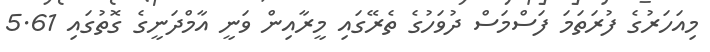
މިއަހަރުގެ ފުރަތަމަ ފަސްމަސް ދުވަހުގެ ތެރޭގައި މީރާއިން ވަނީ އާމްދަނީގެ ގޮތުގައި 5.61